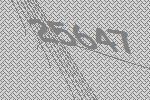
25647